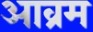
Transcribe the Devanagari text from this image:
आव्रम